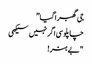
جی گھبرا گیا”
چاپلوسی اگر نہیں سیکھی
"بے ہنر!